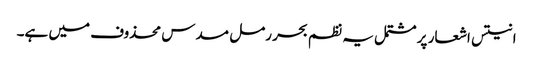
انتیس اشعار پر مشتمل یہ نظم بحر رمل مسدس محذوف میں ہے۔